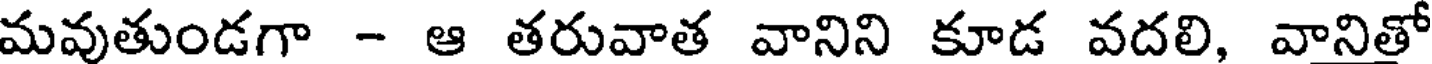
మవుతుండగా - ఆ తరువాత వానిని కూడ వదలి, వానితో